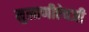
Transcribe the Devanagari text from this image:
मुलाणीऐवजी